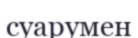
суарумен